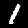
Label: 1